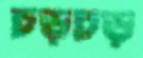
চড়চড়